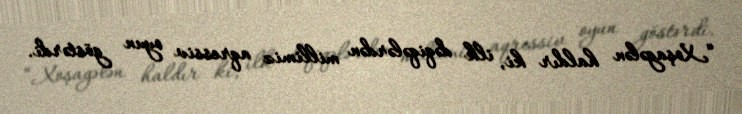
“Xoşagələn haldır ki, ilk dəqiqələrdən millimiz aqressiv oyun göstərdi.